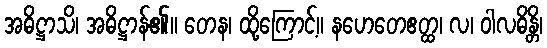
အဓိဋ္ဌာသိ၊ အဓိဋ္ဌာန်၏။ တေန၊ ထို့ကြောင့်။ နဟေတေဧတ္ထ၊ လ၊ ဝါလဓိန္တိ၊